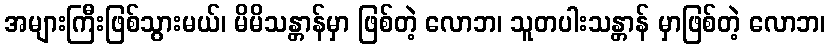
အများကြီးဖြစ်သွားမယ်၊ မိမိသန္တာန်မှာ ဖြစ်တဲ့ လောဘ၊ သူတပါးသန္တာန် မှာဖြစ်တဲ့ လောဘ၊